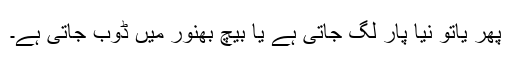
پھر یاتو نیا پار لگ جاتی ہے یا بیچ بھنور میں ڈوب جاتی ہے۔